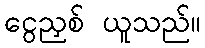
ငွေညှစ် ယူသည်။